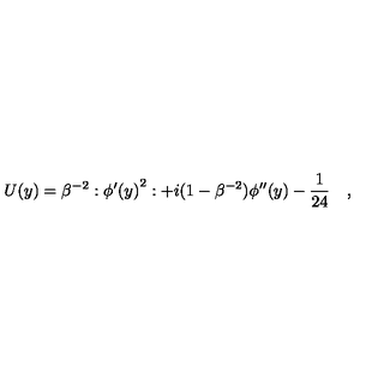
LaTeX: U ( y ) = \beta ^ { - 2 } : { \phi ^ { \prime } ( y ) } ^ { 2 } : + i ( 1 - \beta ^ { - 2 } ) \phi ^ { \prime \prime } ( y ) - \frac { 1 } { 2 4 } \quad ,